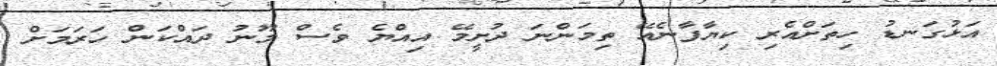
އަޅުގަނޑު ހިތަށްއެރި ކިޔާފާނެއޭ ތިމަންނަ ދުށީމޭ އިއްޔެ ވެސް މޫނު ދައްކަން ހަރަމަށް